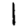
Digit: 1